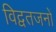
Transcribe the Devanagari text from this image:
विद्वतजनों